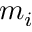
m _ { i }